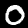
Digit: 0